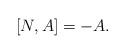
LaTeX: \begin{align*}[N, A]=-A.\end{align*}